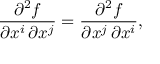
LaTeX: { \frac { \partial ^ { 2 } f } { \partial x ^ { i } \, \partial x ^ { j } } } = { \frac { \partial ^ { 2 } f } { \partial x ^ { j } \, \partial x ^ { i } } } ,